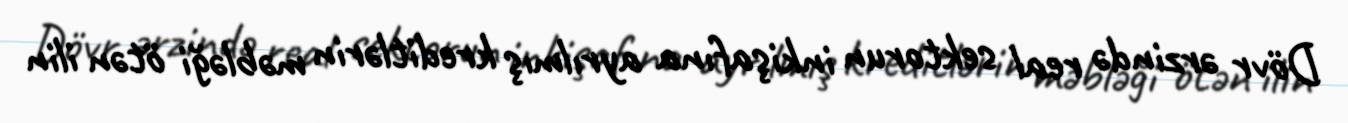
Dövr ərzində real sektorun inkişafına ayrılmış kreditlərin məbləği ötən ilin